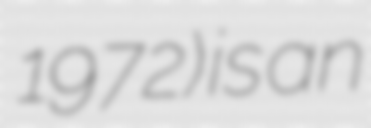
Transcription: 1972) is an